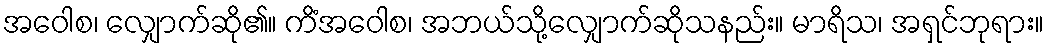
အဝေါစ၊ လျှောက်ဆို၏။ ကိံအဝေါစ၊ အဘယ်သို့လျှောက်ဆိုသနည်း။ မာရိသ၊ အရှင်ဘုရား။